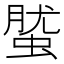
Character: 𧌌